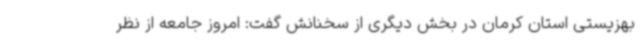
بهزیستی استان کرمان در بخش دیگری از سخنانش گفت: امروز جامعه از نظر